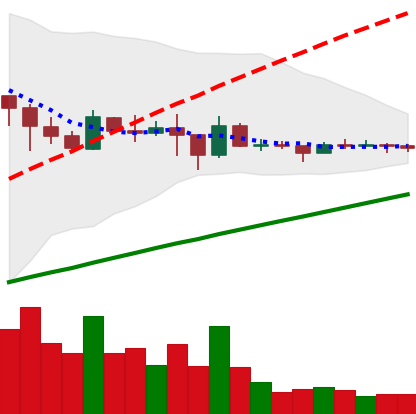
Ticker: DOGE-USD
Chart end date: 2021-03-05
Forward return: 12.891%
Label: up_7plus